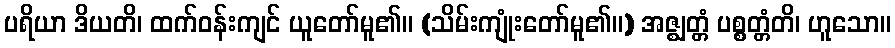
ပရိယာ ဒိယတိ၊ ထက်ဝန်းကျင် ယူတော်မူ၏။ (သိမ်းကျုံးတော်မူ၏။) အဇ္ဈတ္တံ ပစ္စတ္တံတိ၊ ဟူသော။